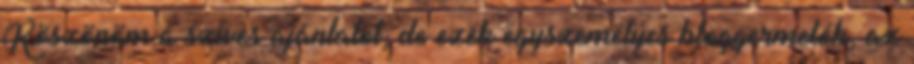
Köszönöm a szíves ajánlatot, de ezek egyszemélyes bloggermelók, az